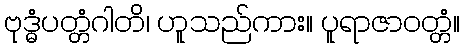
ဗုဒ္ဓံပတ္တံဂါတိ၊ ဟူသည်ကား။ ပူရာဇာဝတ္တံ။